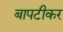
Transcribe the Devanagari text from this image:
बापटीकर